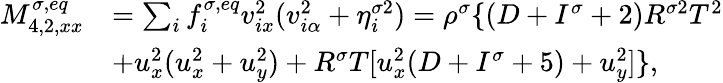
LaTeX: \begin{array}{r}{\begin{array}{rl}{M_{4,2,xx}^{\sigma,eq}}&{=\sum_{i}f_{i}^{\sigma,eq}v_{ix}^{2}(v_{i\alpha}^{2}+\eta_{i}^{\sigma 2})=\rho^{\sigma}\{ (D+I^{\sigma}+2)R^{\sigma 2}T^{2}}\\ &{+u_{x}^{2}(u_{x}^{2}+u_{y}^{2})+R^{\sigma}T[u_{x}^{2}(D+I^{\sigma}+5)+u_{y}^{2}]\} ,}\end{array}}\end{array}